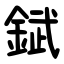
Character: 錻